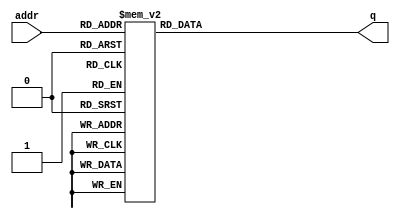
module bkg_rom1(
	addr,
	q
);
input  [ 8: 0] addr;
output reg [ 2: 0] q;

always @(*)
	case(addr)
	9'd0: q = 1;
	9'd1: q = 1;
	9'd2: q = 1;
	9'd3: q = 1;
	9'd4: q = 1;
	9'd5: q = 1;
	9'd6: q = 1;
	9'd7: q = 1;
	9'd8: q = 1;
	9'd9: q = 1;
	9'd10: q = 1;
	9'd11: q = 1;
	9'd12: q = 1;
	9'd13: q = 1;
	9'd14: q = 1;
	9'd15: q = 1;
	9'd16: q = 1;
	9'd17: q = 1;
	9'd18: q = 1;
	9'd19: q = 0;
	9'd20: q = 1;
	9'd21: q = 0;
	9'd22: q = 0;
	9'd23: q = 0;
	9'd24: q = 0;
	9'd25: q = 0;
	9'd26: q = 0;
	9'd27: q = 0;
	9'd28: q = 0;
	9'd29: q = 0;
	9'd30: q = 0;
	9'd31: q = 0;
	9'd32: q = 0;
	9'd33: q = 0;
	9'd34: q = 0;
	9'd35: q = 0;
	9'd36: q = 0;
	9'd37: q = 0;
	9'd38: q = 1;
	9'd39: q = 0;
	9'd40: q = 1;
	9'd41: q = 0;
	9'd42: q = 1;
	9'd43: q = 0;
	9'd44: q = 1;
	9'd45: q = 0;
	9'd46: q = 1;
	9'd47: q = 0;
	9'd48: q = 1;
	9'd49: q = 0;
	9'd50: q = 1;
	9'd51: q = 0;
	9'd52: q = 1;
	9'd53: q = 0;
	9'd54: q = 1;
	9'd55: q = 0;
	9'd56: q = 1;
	9'd57: q = 0;
	9'd58: q = 1;
	9'd59: q = 0;
	9'd60: q = 1;
	9'd61: q = 0;
	9'd62: q = 0;
	9'd63: q = 0;
	9'd64: q = 0;
	9'd65: q = 0;
	9'd66: q = 0;
	9'd67: q = 0;
	9'd68: q = 0;
	9'd69: q = 0;
	9'd70: q = 0;
	9'd71: q = 0;
	9'd72: q = 0;
	9'd73: q = 0;
	9'd74: q = 0;
	9'd75: q = 0;
	9'd76: q = 0;
	9'd77: q = 0;
	9'd78: q = 1;
	9'd79: q = 0;
	9'd80: q = 1;
	9'd81: q = 0;
	9'd82: q = 1;
	9'd83: q = 0;
	9'd84: q = 1;
	9'd85: q = 0;
	9'd86: q = 1;
	9'd87: q = 0;
	9'd88: q = 1;
	9'd89: q = 0;
	9'd90: q = 1;
	9'd91: q = 0;
	9'd92: q = 1;
	9'd93: q = 0;
	9'd94: q = 1;
	9'd95: q = 0;
	9'd96: q = 1;
	9'd97: q = 0;
	9'd98: q = 1;
	9'd99: q = 0;
	9'd100: q = 1;
	9'd101: q = 0;
	9'd102: q = 0;
	9'd103: q = 0;
	9'd104: q = 0;
	9'd105: q = 0;
	9'd106: q = 0;
	9'd107: q = 0;
	9'd108: q = 0;
	9'd109: q = 0;
	9'd110: q = 0;
	9'd111: q = 0;
	9'd112: q = 0;
	9'd113: q = 0;
	9'd114: q = 0;
	9'd115: q = 0;
	9'd116: q = 0;
	9'd117: q = 0;
	9'd118: q = 1;
	9'd119: q = 0;
	9'd120: q = 1;
	9'd121: q = 0;
	9'd122: q = 1;
	9'd123: q = 0;
	9'd124: q = 1;
	9'd125: q = 0;
	9'd126: q = 1;
	9'd127: q = 0;
	9'd128: q = 1;
	9'd129: q = 0;
	9'd130: q = 1;
	9'd131: q = 0;
	9'd132: q = 1;
	9'd133: q = 0;
	9'd134: q = 1;
	9'd135: q = 0;
	9'd136: q = 1;
	9'd137: q = 0;
	9'd138: q = 1;
	9'd139: q = 0;
	9'd140: q = 1;
	9'd141: q = 0;
	9'd142: q = 0;
	9'd143: q = 0;
	9'd144: q = 0;
	9'd145: q = 0;
	9'd146: q = 0;
	9'd147: q = 0;
	9'd148: q = 0;
	9'd149: q = 0;
	9'd150: q = 0;
	9'd151: q = 0;
	9'd152: q = 0;
	9'd153: q = 0;
	9'd154: q = 0;
	9'd155: q = 0;
	9'd156: q = 0;
	9'd157: q = 0;
	9'd158: q = 1;
	9'd159: q = 0;
	9'd160: q = 1;
	9'd161: q = 0;
	9'd162: q = 1;
	9'd163: q = 0;
	9'd164: q = 1;
	9'd165: q = 0;
	9'd166: q = 1;
	9'd167: q = 0;
	9'd168: q = 1;
	9'd169: q = 0;
	9'd170: q = 1;
	9'd171: q = 0;
	9'd172: q = 1;
	9'd173: q = 0;
	9'd174: q = 1;
	9'd175: q = 0;
	9'd176: q = 1;
	9'd177: q = 0;
	9'd178: q = 1;
	9'd179: q = 0;
	9'd180: q = 1;
	9'd181: q = 0;
	9'd182: q = 0;
	9'd183: q = 0;
	9'd184: q = 0;
	9'd185: q = 0;
	9'd186: q = 0;
	9'd187: q = 0;
	9'd188: q = 0;
	9'd189: q = 0;
	9'd190: q = 0;
	9'd191: q = 0;
	9'd192: q = 0;
	9'd193: q = 0;
	9'd194: q = 0;
	9'd195: q = 0;
	9'd196: q = 0;
	9'd197: q = 0;
	9'd198: q = 1;
	9'd199: q = 0;
	9'd200: q = 1;
	9'd201: q = 0;
	9'd202: q = 1;
	9'd203: q = 0;
	9'd204: q = 1;
	9'd205: q = 0;
	9'd206: q = 1;
	9'd207: q = 0;
	9'd208: q = 1;
	9'd209: q = 0;
	9'd210: q = 1;
	9'd211: q = 0;
	9'd212: q = 1;
	9'd213: q = 0;
	9'd214: q = 1;
	9'd215: q = 0;
	9'd216: q = 1;
	9'd217: q = 0;
	9'd218: q = 1;
	9'd219: q = 0;
	9'd220: q = 1;
	9'd221: q = 0;
	9'd222: q = 0;
	9'd223: q = 0;
	9'd224: q = 0;
	9'd225: q = 0;
	9'd226: q = 0;
	9'd227: q = 0;
	9'd228: q = 0;
	9'd229: q = 0;
	9'd230: q = 0;
	9'd231: q = 0;
	9'd232: q = 0;
	9'd233: q = 0;
	9'd234: q = 0;
	9'd235: q = 0;
	9'd236: q = 0;
	9'd237: q = 0;
	9'd238: q = 1;
	9'd239: q = 0;
	9'd240: q = 1;
	9'd241: q = 0;
	9'd242: q = 1;
	9'd243: q = 0;
	9'd244: q = 1;
	9'd245: q = 0;
	9'd246: q = 1;
	9'd247: q = 0;
	9'd248: q = 1;
	9'd249: q = 0;
	9'd250: q = 1;
	9'd251: q = 0;
	9'd252: q = 1;
	9'd253: q = 0;
	9'd254: q = 1;
	9'd255: q = 0;
	9'd256: q = 1;
	9'd257: q = 0;
	9'd258: q = 1;
	9'd259: q = 0;
	9'd260: q = 1;
	9'd261: q = 0;
	9'd262: q = 0;
	9'd263: q = 0;
	9'd264: q = 0;
	9'd265: q = 0;
	9'd266: q = 0;
	9'd267: q = 0;
	9'd268: q = 0;
	9'd269: q = 0;
	9'd270: q = 0;
	9'd271: q = 0;
	9'd272: q = 0;
	9'd273: q = 0;
	9'd274: q = 0;
	9'd275: q = 0;
	9'd276: q = 0;
	9'd277: q = 0;
	9'd278: q = 1;
	9'd279: q = 0;
	9'd280: q = 1;
	9'd281: q = 1;
	9'd282: q = 1;
	9'd283: q = 1;
	9'd284: q = 1;
	9'd285: q = 1;
	9'd286: q = 1;
	9'd287: q = 1;
	9'd288: q = 1;
	9'd289: q = 1;
	9'd290: q = 1;
	9'd291: q = 1;
	9'd292: q = 1;
	9'd293: q = 1;
	9'd294: q = 1;
	9'd295: q = 1;
	9'd296: q = 1;
	9'd297: q = 1;
	9'd298: q = 1;
	9'd299: q = 0;
	default: q = 0;
	endcase

endmodule